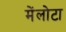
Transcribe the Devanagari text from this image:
मेंलोटा